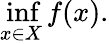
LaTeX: \operatorname*{inf}_{x\in X}f(x).